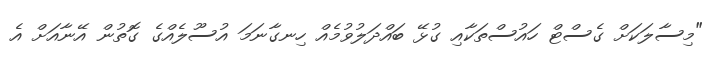
"މިސާލަކަށް ގެސްޓް ހައުސްތަކާއި ގުޅޭ ބައްދަލުވުމެއް ހިނގާނަމަ އުސޫލެއްގެ ގޮތުން އޭނާއަށް އެ